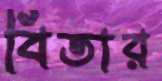
বিতার